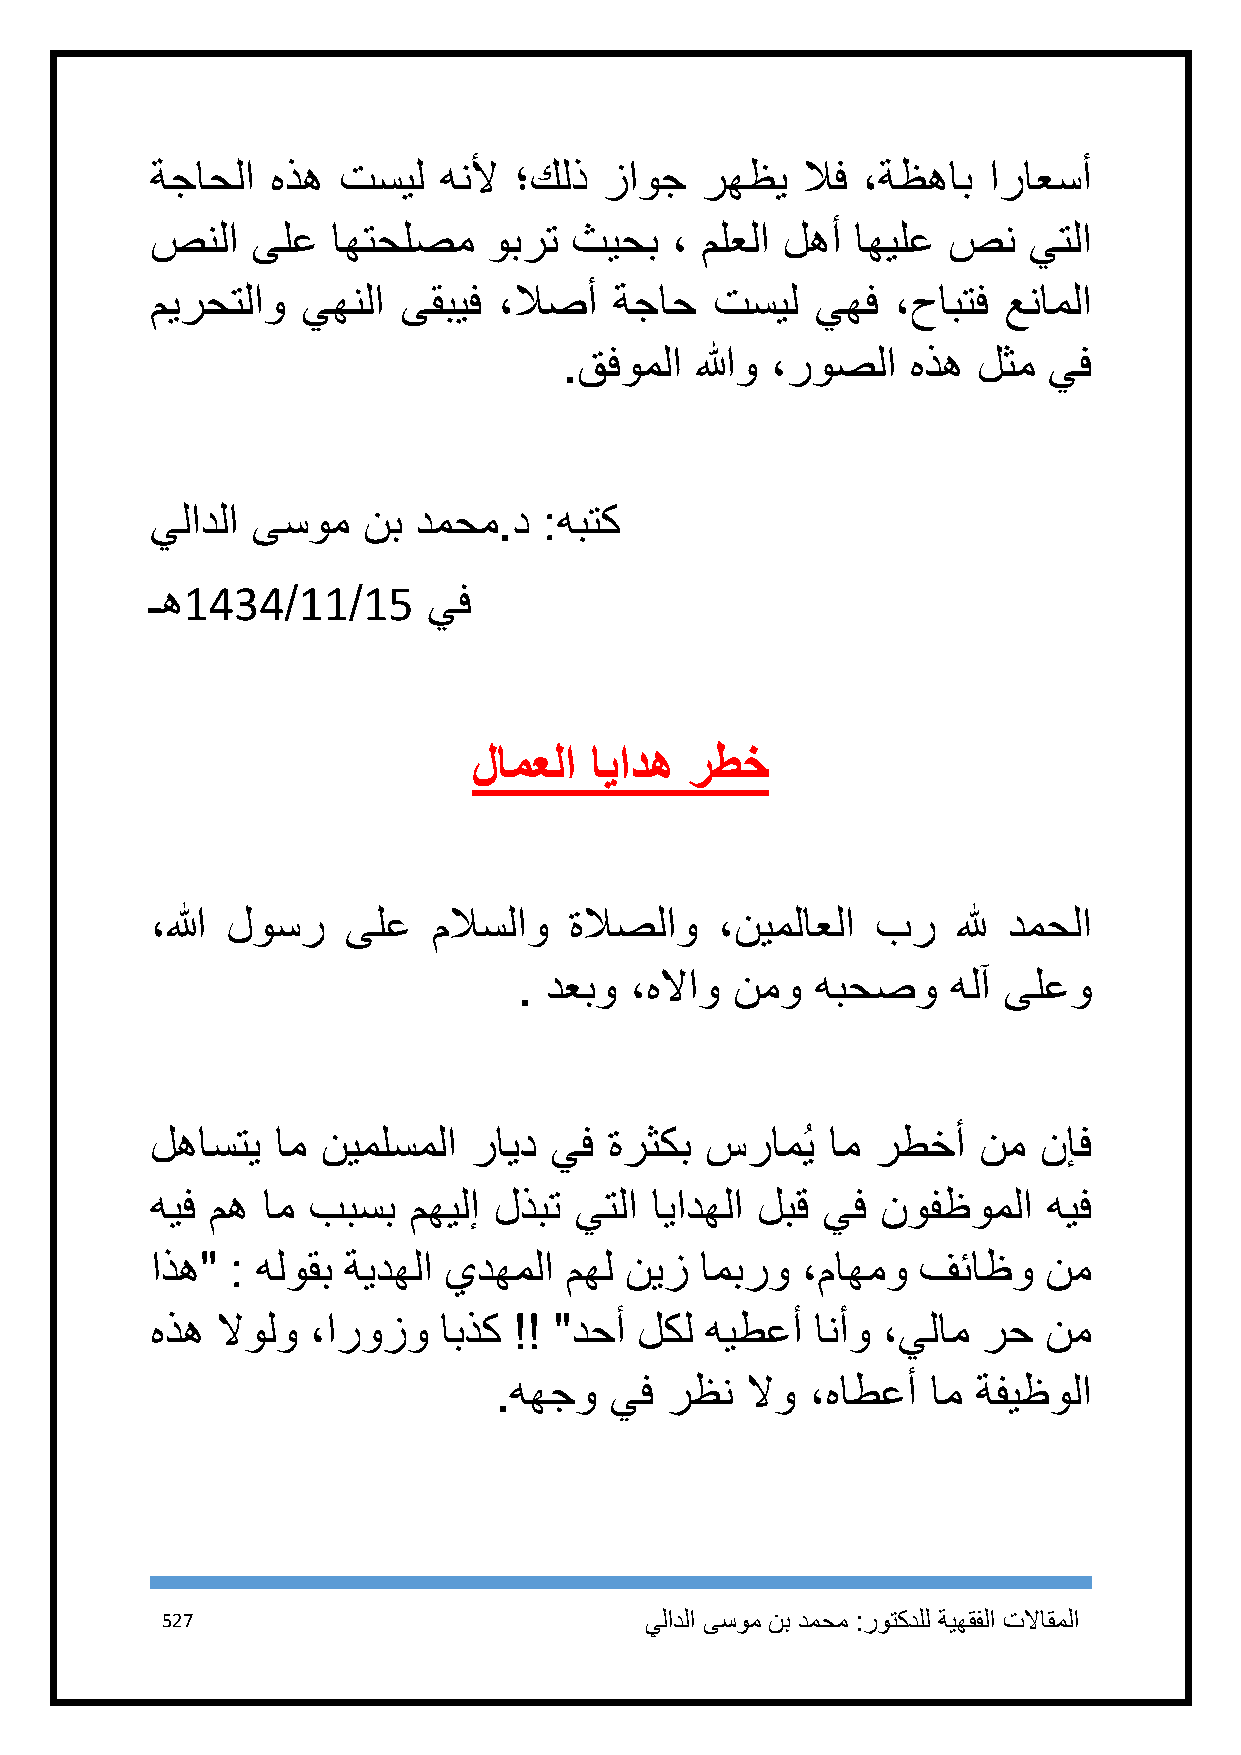
ةجاحلا  هذه تسيل   هنلأ ؛كلذ  زاوج  رهظي   لاف ،ةظهاب  اراعسأ
 صنلا   ىلع  اهتحلصم   وبرت  ثيحب  ، ملعلا لهأ  اهيلع صن   يتلا
 ميرحتلاو  يهنلا  ىقبيف ،لاصأ   ةجاح  تسيل   يهف  ،حابتف عناملا
 .قفوملا  اللهو ،روصلا  هذه  لثم يف
 يلادلا ىسوم   نب دمحم.د   :هبتك
 ـه1434/11/15      يف
 لامعلا  اياده  رطخ
 ،الله لوسر   ىلع   ملاسلاو  ةلاصلاو   ،نيملاعلا بر   لله دمحلا
 . دعبو  ،هلااو نمو  هبحصو    هلآ ىلعو
 لهاستي  ام نيملسملا  رايد يف  ةرثكب  سرامُي  ام رطخأ   نم  نإف
 هيف مه ام ببسب   مهيلإ لذبت يتلا ايادهلا لبق يف نوفظوملا   هيف
 اذه" : هلوقب ةيدهلا يدهملا مهل نيز  امبرو  ،ماهمو  فئاظو   نم
 هذه لاولو ،اروزو   ابذك !! "دحأ لكل  هيطعأ  انأو ،يلام رح  نم
 .ههجو  يف  رظن  لاو  ،هاطعأ  ام ةفيظولا
 527                             يلادلا ىسوم نب دمحم :روتكدلل ةيهقفلا تلااقملا